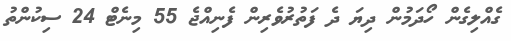
ގެއްލިގެން ހޯދަމުން ދިޔަ ދެ ފަތުރުވެރިން ފެނިއްޖެ 55 މިނެޓް 24 ސިކުންތު